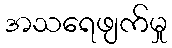
အသရေဖျက်မှု